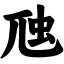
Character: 虺